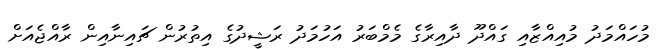
މުހައްމަދު މުއިއްޒާއި ގައްދޫ ދާއިރާގެ މެމްބަރު އަހުމަދު ރަޝީދުގެ އިތުރުން ޗައިނާއިން ރާއްޖެއަށް